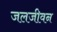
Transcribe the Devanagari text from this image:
जलजीवन